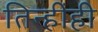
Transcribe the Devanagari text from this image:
तिन्हींही